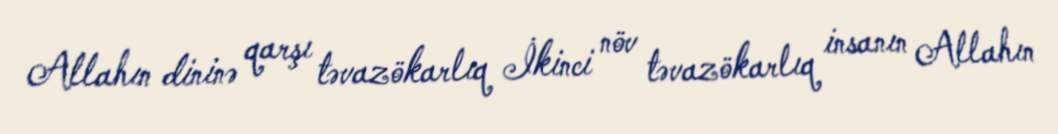
Allahın dininə qarşı təvazökarlıq İkinci növ təvazökarlıq insanın Allahın